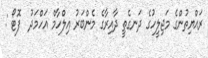
ރައްޔިތުންގެ މަޖިލީހުގެ ދަނގެތީ ދާއިރާގެ މެންބަރު އިލްހާމް އަހްމަދު  ފޮޓޯ :